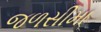
જળસીમા